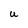
Character: U